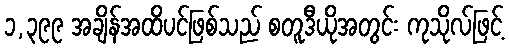
၁,၃၉၉ အချိန်အထိပင်ဖြစ်သည် စတူဒီယိုအတွင်း ကုသိုလ်ဖြင့်